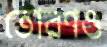
তোরণও